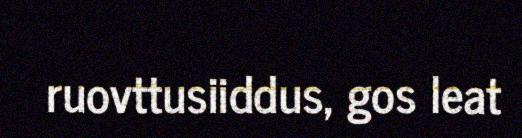
ruovttusiiddus, gos leat